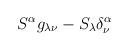
LaTeX: \begin{align*} S^{\alpha}g_{\lambda \nu} - S_{\lambda} \delta^{\alpha}_{\nu} \end{align*}